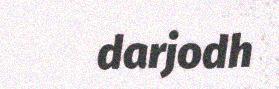
darjodh